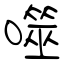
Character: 噬